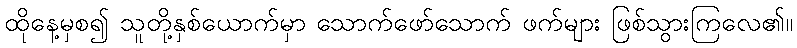
ထိုနေ့မှစ၍ သူတို့နှစ်ယောက်မှာ သောက်ဖော်သောက် ဖက်များ ဖြစ်သွားကြလေ၏။